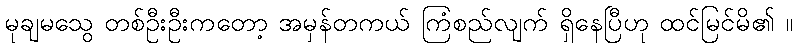
မုချမသွေ တစ်ဦးဦးကတော့ အမှန်တကယ် ကြံစည်လျက် ရှိနေပြီဟု ထင်မြင်မိ၏ ။